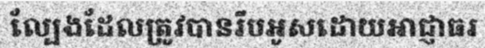
ល្បែងដែលត្រូវបានរឹបអូសដោយអាជ្ញាធរ